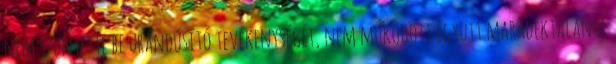
nem szüntette be urándúsító tevékenységét, nem működött együtt maradéktalanul